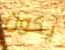
يكون